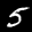
Label: 5